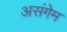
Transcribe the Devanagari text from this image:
असंगेम